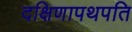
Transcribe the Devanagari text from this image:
दक्षिणापथपति